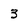
Character: 3